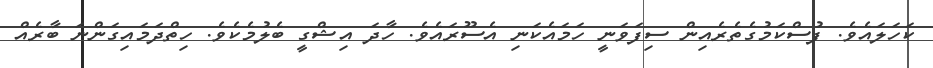
ކަހަލައެވެ. ފުސްކަމުގެތެރެއިން ސިފަވަނީ ހަމައެކަނި އެސޫރައެވެ. ހާދަ އިޝްގީ ބެލުމެކެވެ. ހިތްދަމައިގަންނަ ބާރެއް